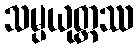
သမ္ပယုတ္တဿ